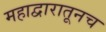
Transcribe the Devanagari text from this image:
महाद्वारातूनच